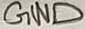
Text: GND